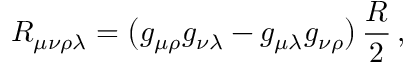
R _ { \mu \nu \rho \lambda } = \bigl ( g _ { \mu \rho } g _ { \nu \lambda } - g _ { \mu \lambda } g _ { \nu \rho } \bigr ) \, \frac { R } { 2 } \, ,